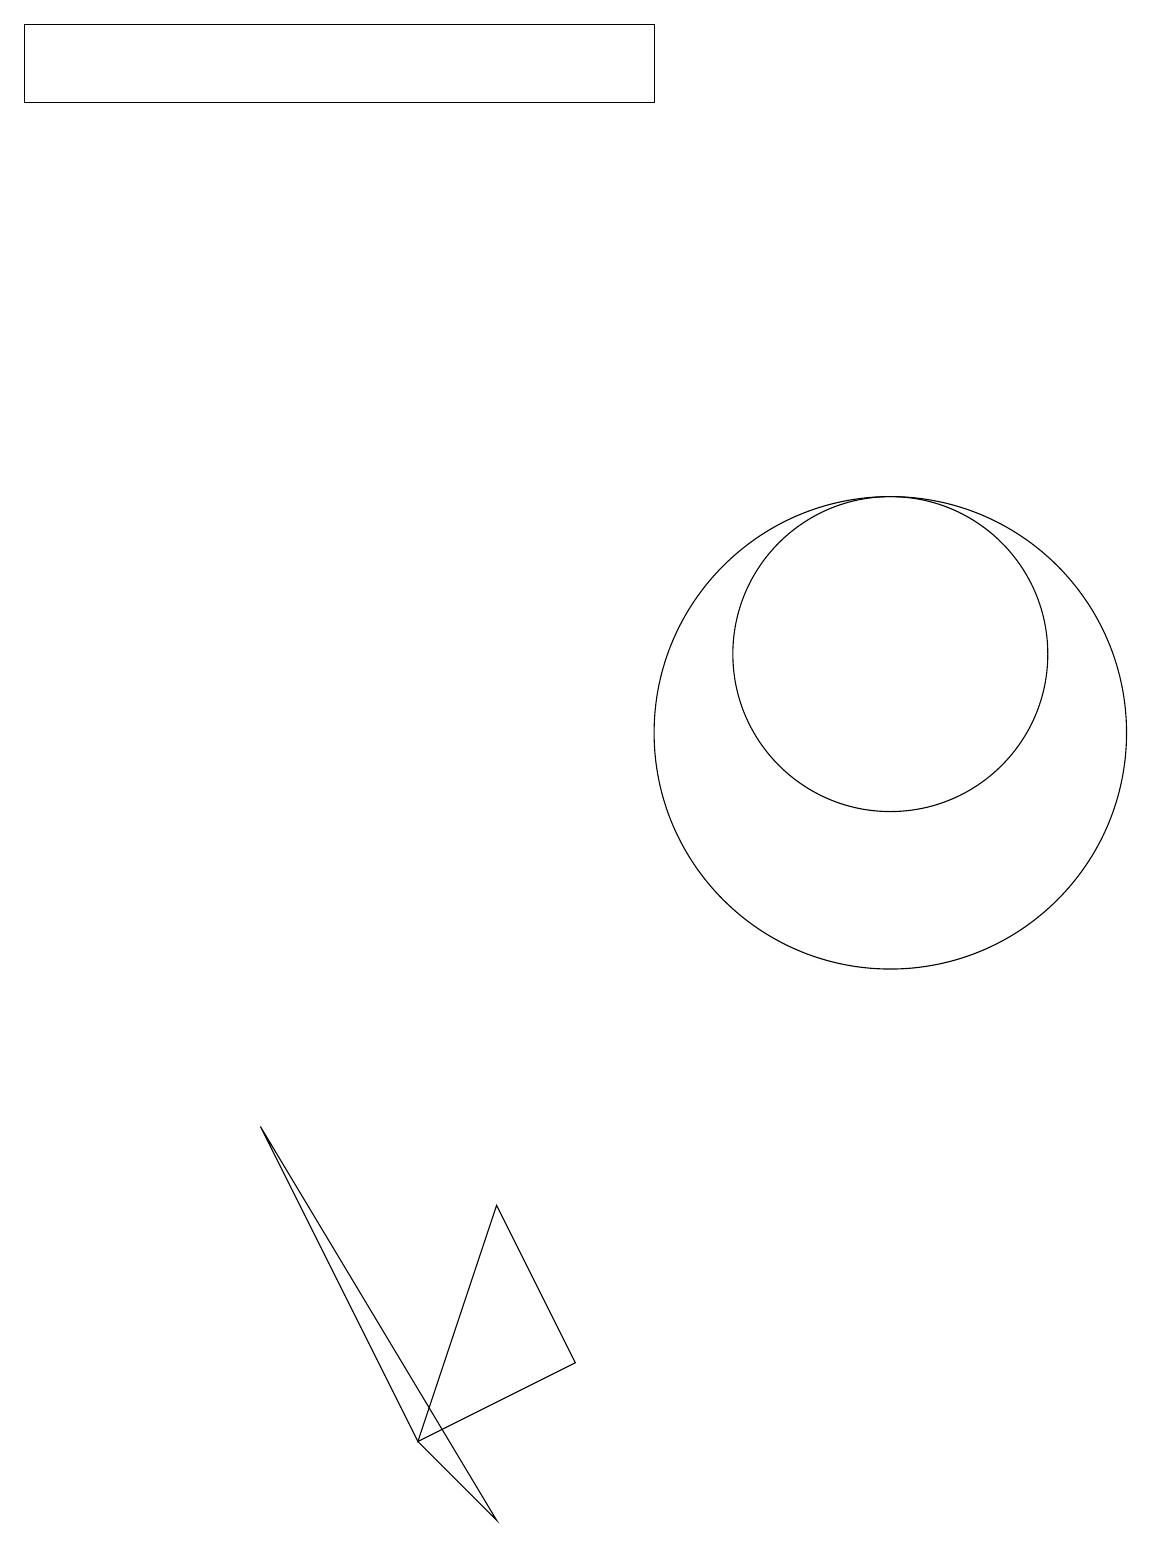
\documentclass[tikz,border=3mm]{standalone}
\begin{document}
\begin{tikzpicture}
\draw (11,10) circle (3);
\draw (7,2) -- (6,4) -- (5,1) -- cycle;
\draw (5,1) -- (6,0) -- (3,5) -- cycle;
\draw (0,19) rectangle (8,18);
\draw (11,11) circle (2);
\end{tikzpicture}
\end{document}